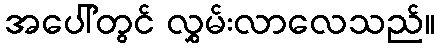
အပေါ်တွင် လွှမ်းလာလေသည်။